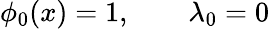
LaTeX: \phi_{0}(x)=1,\qquad\lambda_{0}=0